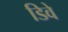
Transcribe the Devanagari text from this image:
डिवे